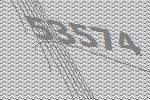
53574